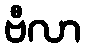
ဗီလာ